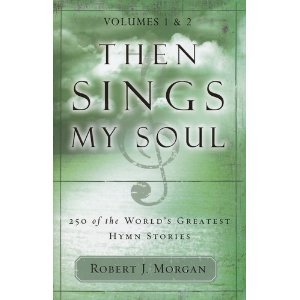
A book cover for Then Sings My Soul : 250 of the World's Greatest Hymn Stories; Robert J. Morgan; Christian Books & Bibles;